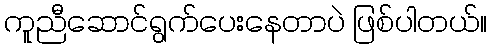
ကူညီဆောင်ရွက်ပေးနေတာပဲ ဖြစ်ပါတယ်။